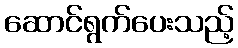
ဆောင်ရွက်ပေးသည့်